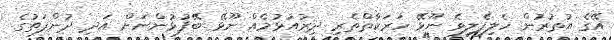
އޭގެ އުތުރުން ހެލިފެލިވެ ނޫޅޭ ހަރަކާތްތެރި ދިރުއުޅުމެއް ނޫޅޭ ބޭފުޅުންނަށް އަދި ދުންފަތުގެ